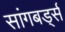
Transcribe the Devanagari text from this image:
सांगबर्ड्स